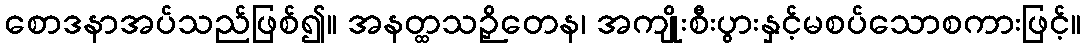
စောဒနာအပ်သည်ဖြစ်၍။ အနတ္ထသဉှိတေန၊ အကျိုးစီးပွားနှင့်မစပ်သောစကားဖြင့်။